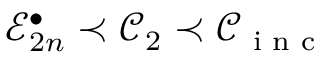
\mathcal { E } _ { 2 n } ^ { \bullet } \prec \mathcal { C } _ { 2 } \prec \mathcal { C } _ { \textnormal { \scriptsize i n c } }